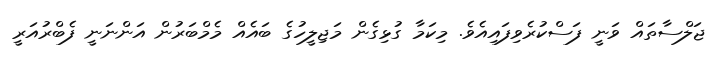
ޖަލްސާތައް ވަނީ ފަސްކުރެވިފައިއެވެ. މިކަމާ ގުޅިގެން މަޖިލީހުގެ ބައެއް މެމްބަރުން އަންނަނީ ފެބްރުއަރީ